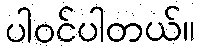
ပါဝင်ပါတယ်။